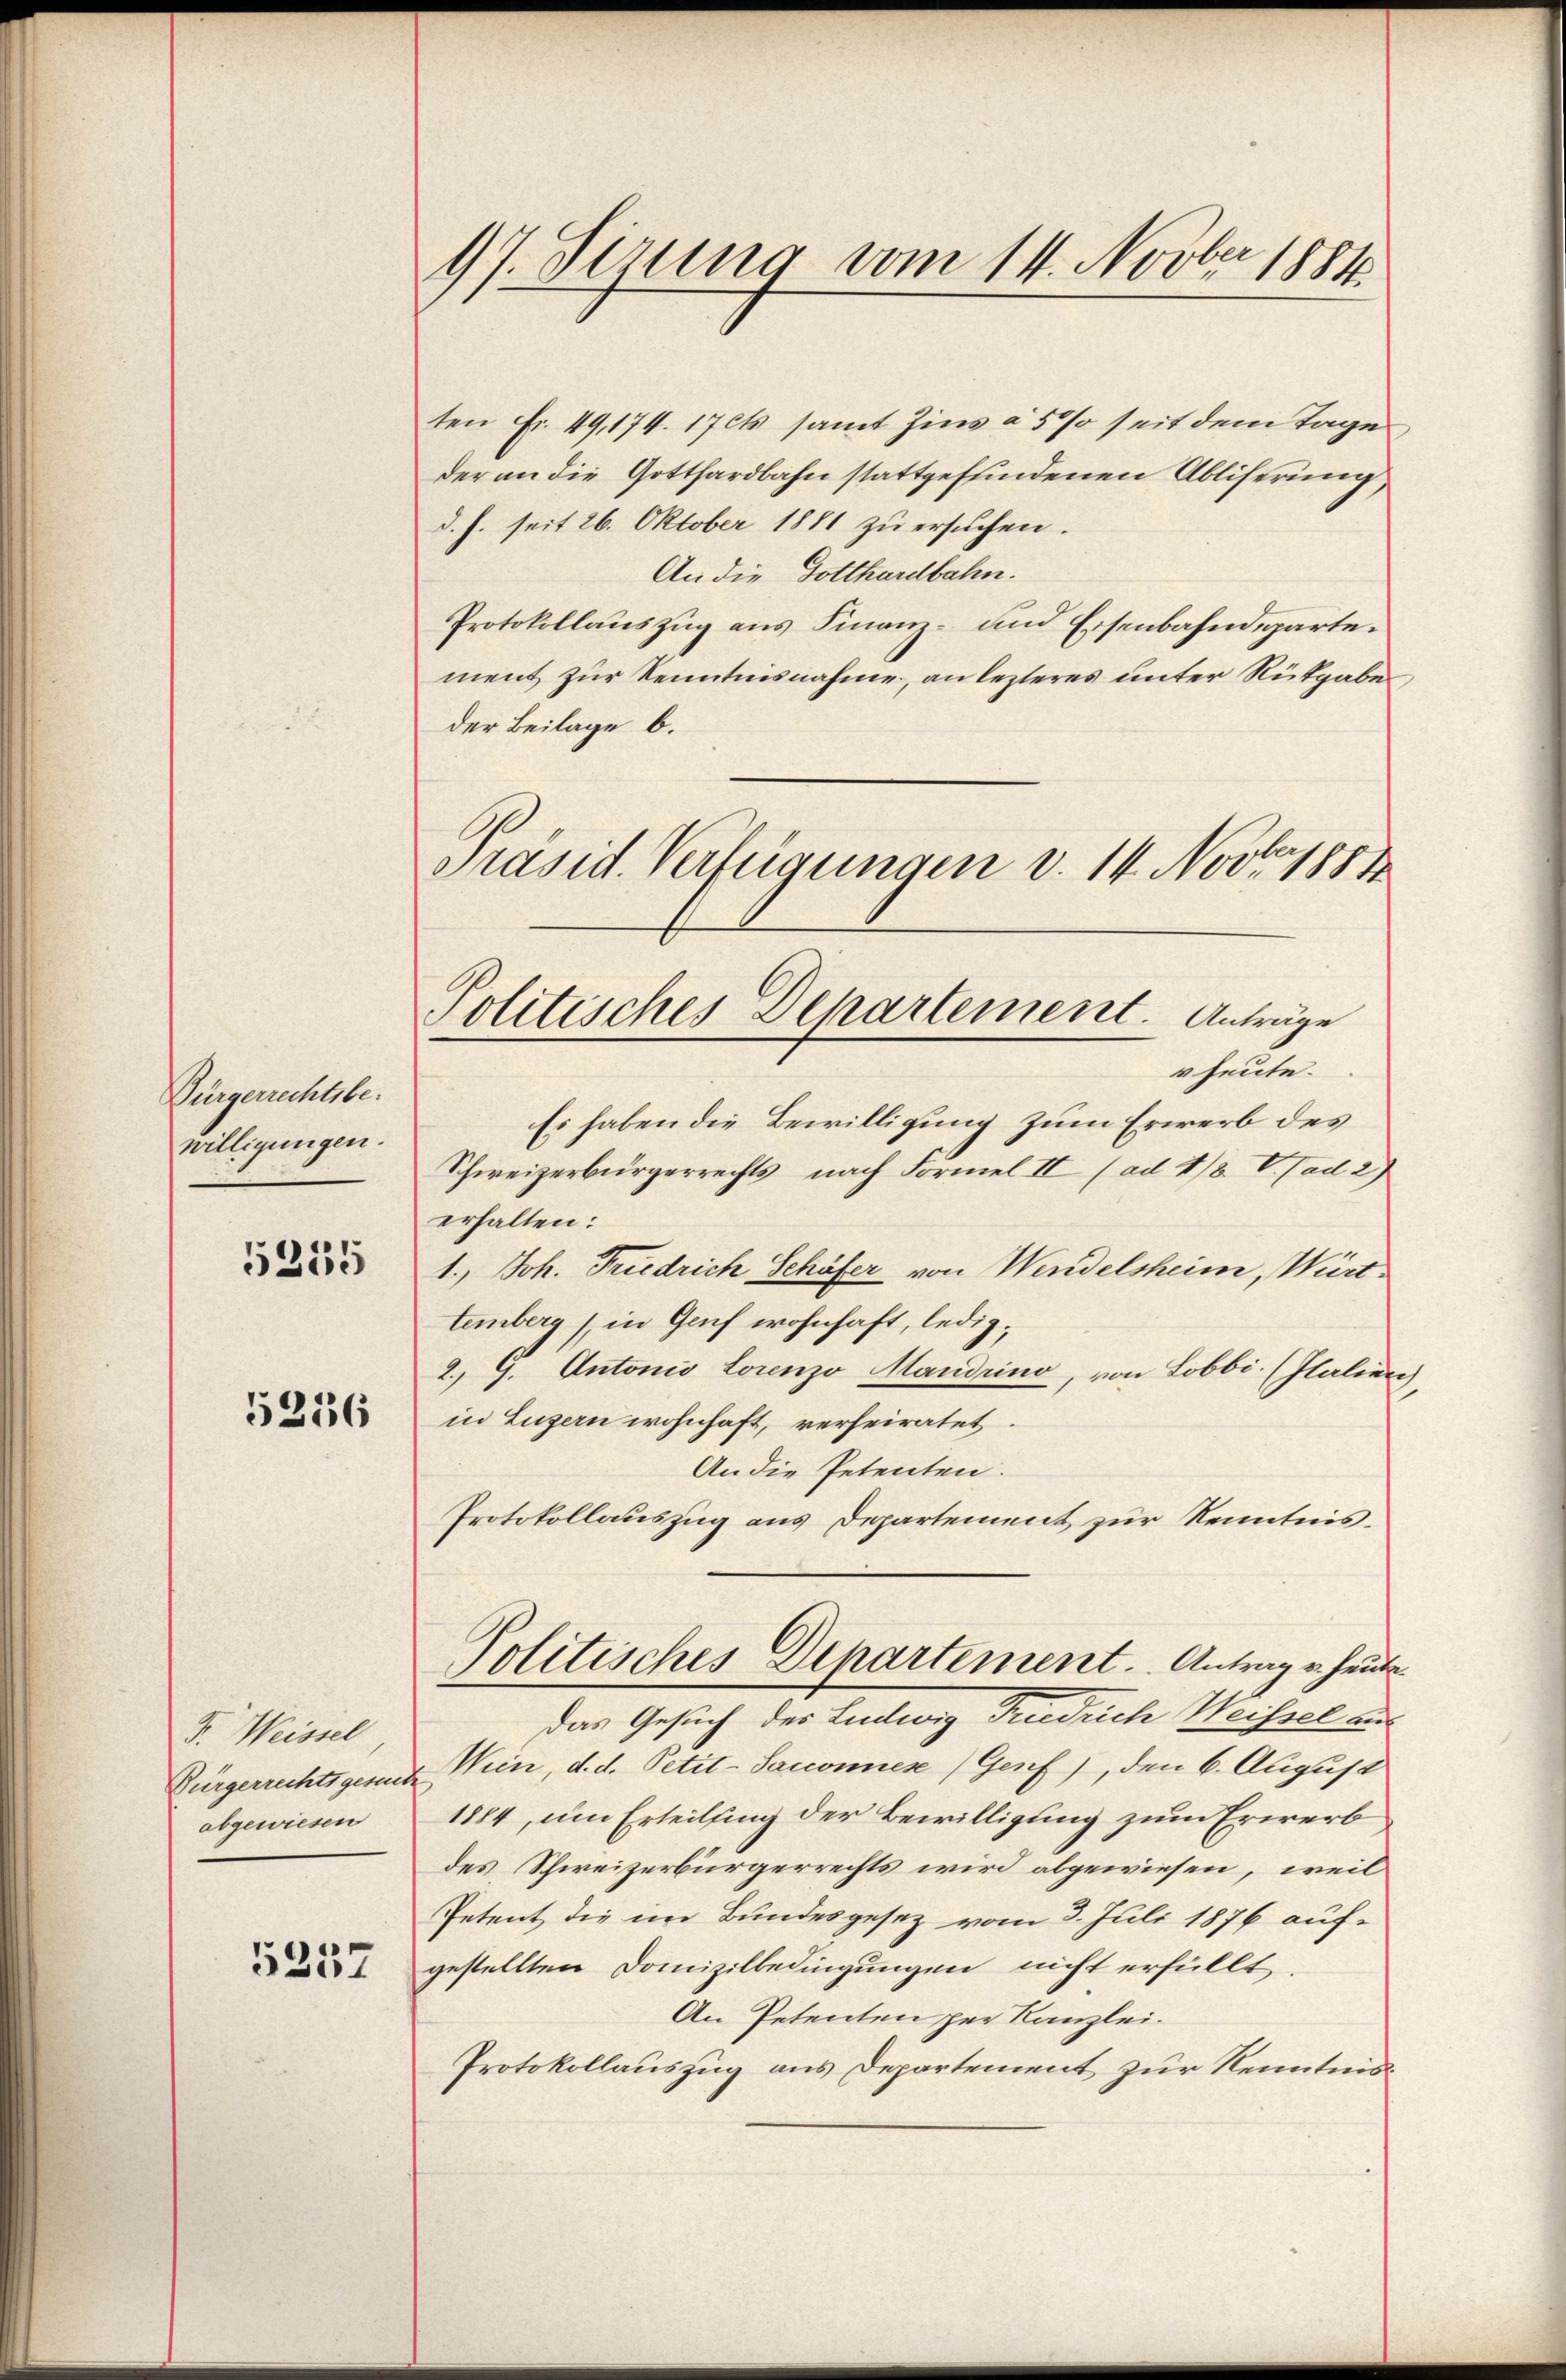
Bürgerrechtsbewilligungen.

5235

5236

F. Weissel
Bürgerrechtsgesun
abgewiesen

5257

97. Sirung vom 14. Novber 1884.

ten Fr. 49, 174. 1704 samt Zins à 50% seit dem Tage
der an die Gotthardbahn stattgefundenen Abliserung
d. h. seit 26. Oktober 1881 zu ersuchen.
An die Gotthardbahn.
Protokollauszug aus Finanz- und Eisenbahndepartement zur Kenntnisnahme, an lezteres unter Rütgabe
der Beilage b.
Präsid. Verfügungen v. 14. Nov. 1884

Politisches Departement. Anträge
r heute.

Es haben die Bewilligung zum Erwerb des
Schweizerbürgerrechts, nach Formel II (ad 4/8. V. ad 2)
erhalten:
1., Joh. Friedrich Schöfer von Wendelsheim, Württemberg) in Genf wohnhaft, ledig¬
2. G. Antonio Lorenzo Mandrino, von Lobbi. (Italien)
in Luzern wohnhaft, verheiratet.
An die Petenten.
Protokollauszug aus Departement zur Kenntnis¬
Politisches Departement. Antrag u. heute.
das Gesuch des Ludwig Friedrich Weissel aus
Wein, d. d. Petit-Sacconnen (Genf), den 6. August
1884, um Erteilung der Bewilligung zum Erwerb
des Schweizerbürgerrechts wird abgewiesen, weil
Petent die im Bundesgesetz vom 3. Juli 1876 aufgestellten Domizilbedingungen nicht erfüllt.
An Petenten per Kanzlei.
Protokollauszug aus Departement zur Kenntnis¬